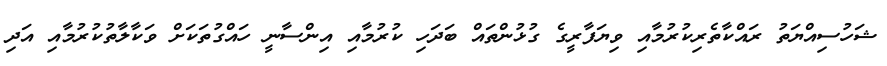
ޝަހުސިއްޔަތު ރައްކާތެރިކުރުމާއި ވިޔަފާރީގެ ގުޅުންތައް ބަދަހި ކުރުމާއި އިންސާނީ ހައްގުތަަކަށް ވަކާލާތުކުރުމާއި އަދި